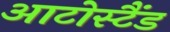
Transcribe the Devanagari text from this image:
आटोस्टैंड